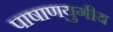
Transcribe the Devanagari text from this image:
पाषाणयुगीय